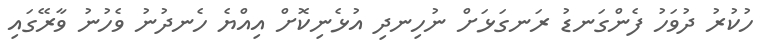
ހުކުރު ދުވަހު ފެންގަނޑު ރަނގަޅަށް ނުހިނދި އުޅެނިކޮށް އިއްޔެ ހެނދުނު ވެހުނު ވާރޭގައި